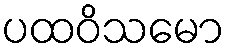
ပထဝိသမော